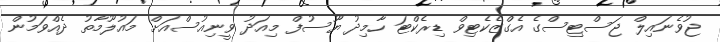
ޖުވެނައިލް ޖަސްޓިސްގެ އެގްޒެކެޓިވް ޑިރެކްޓަ ހާމިދު ޔޫސުފް މިއަދު ވީނިއުސްއަށް މައުލޫމާތު ދެއްވަމުން